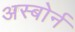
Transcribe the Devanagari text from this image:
अस्बोर्न